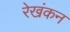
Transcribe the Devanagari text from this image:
रेखंकन